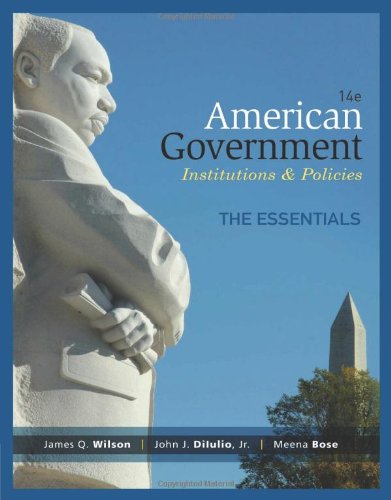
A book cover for American Government, Essentials Edition; James Q. Wilson; Politics & Social Sciences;